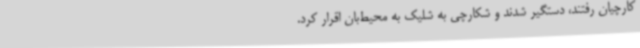
کارچیان رفتند، دستگیر شدند و شکارچی به شلیک به محیط‌بان اقرار کرد.